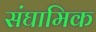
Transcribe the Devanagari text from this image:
संघामिक